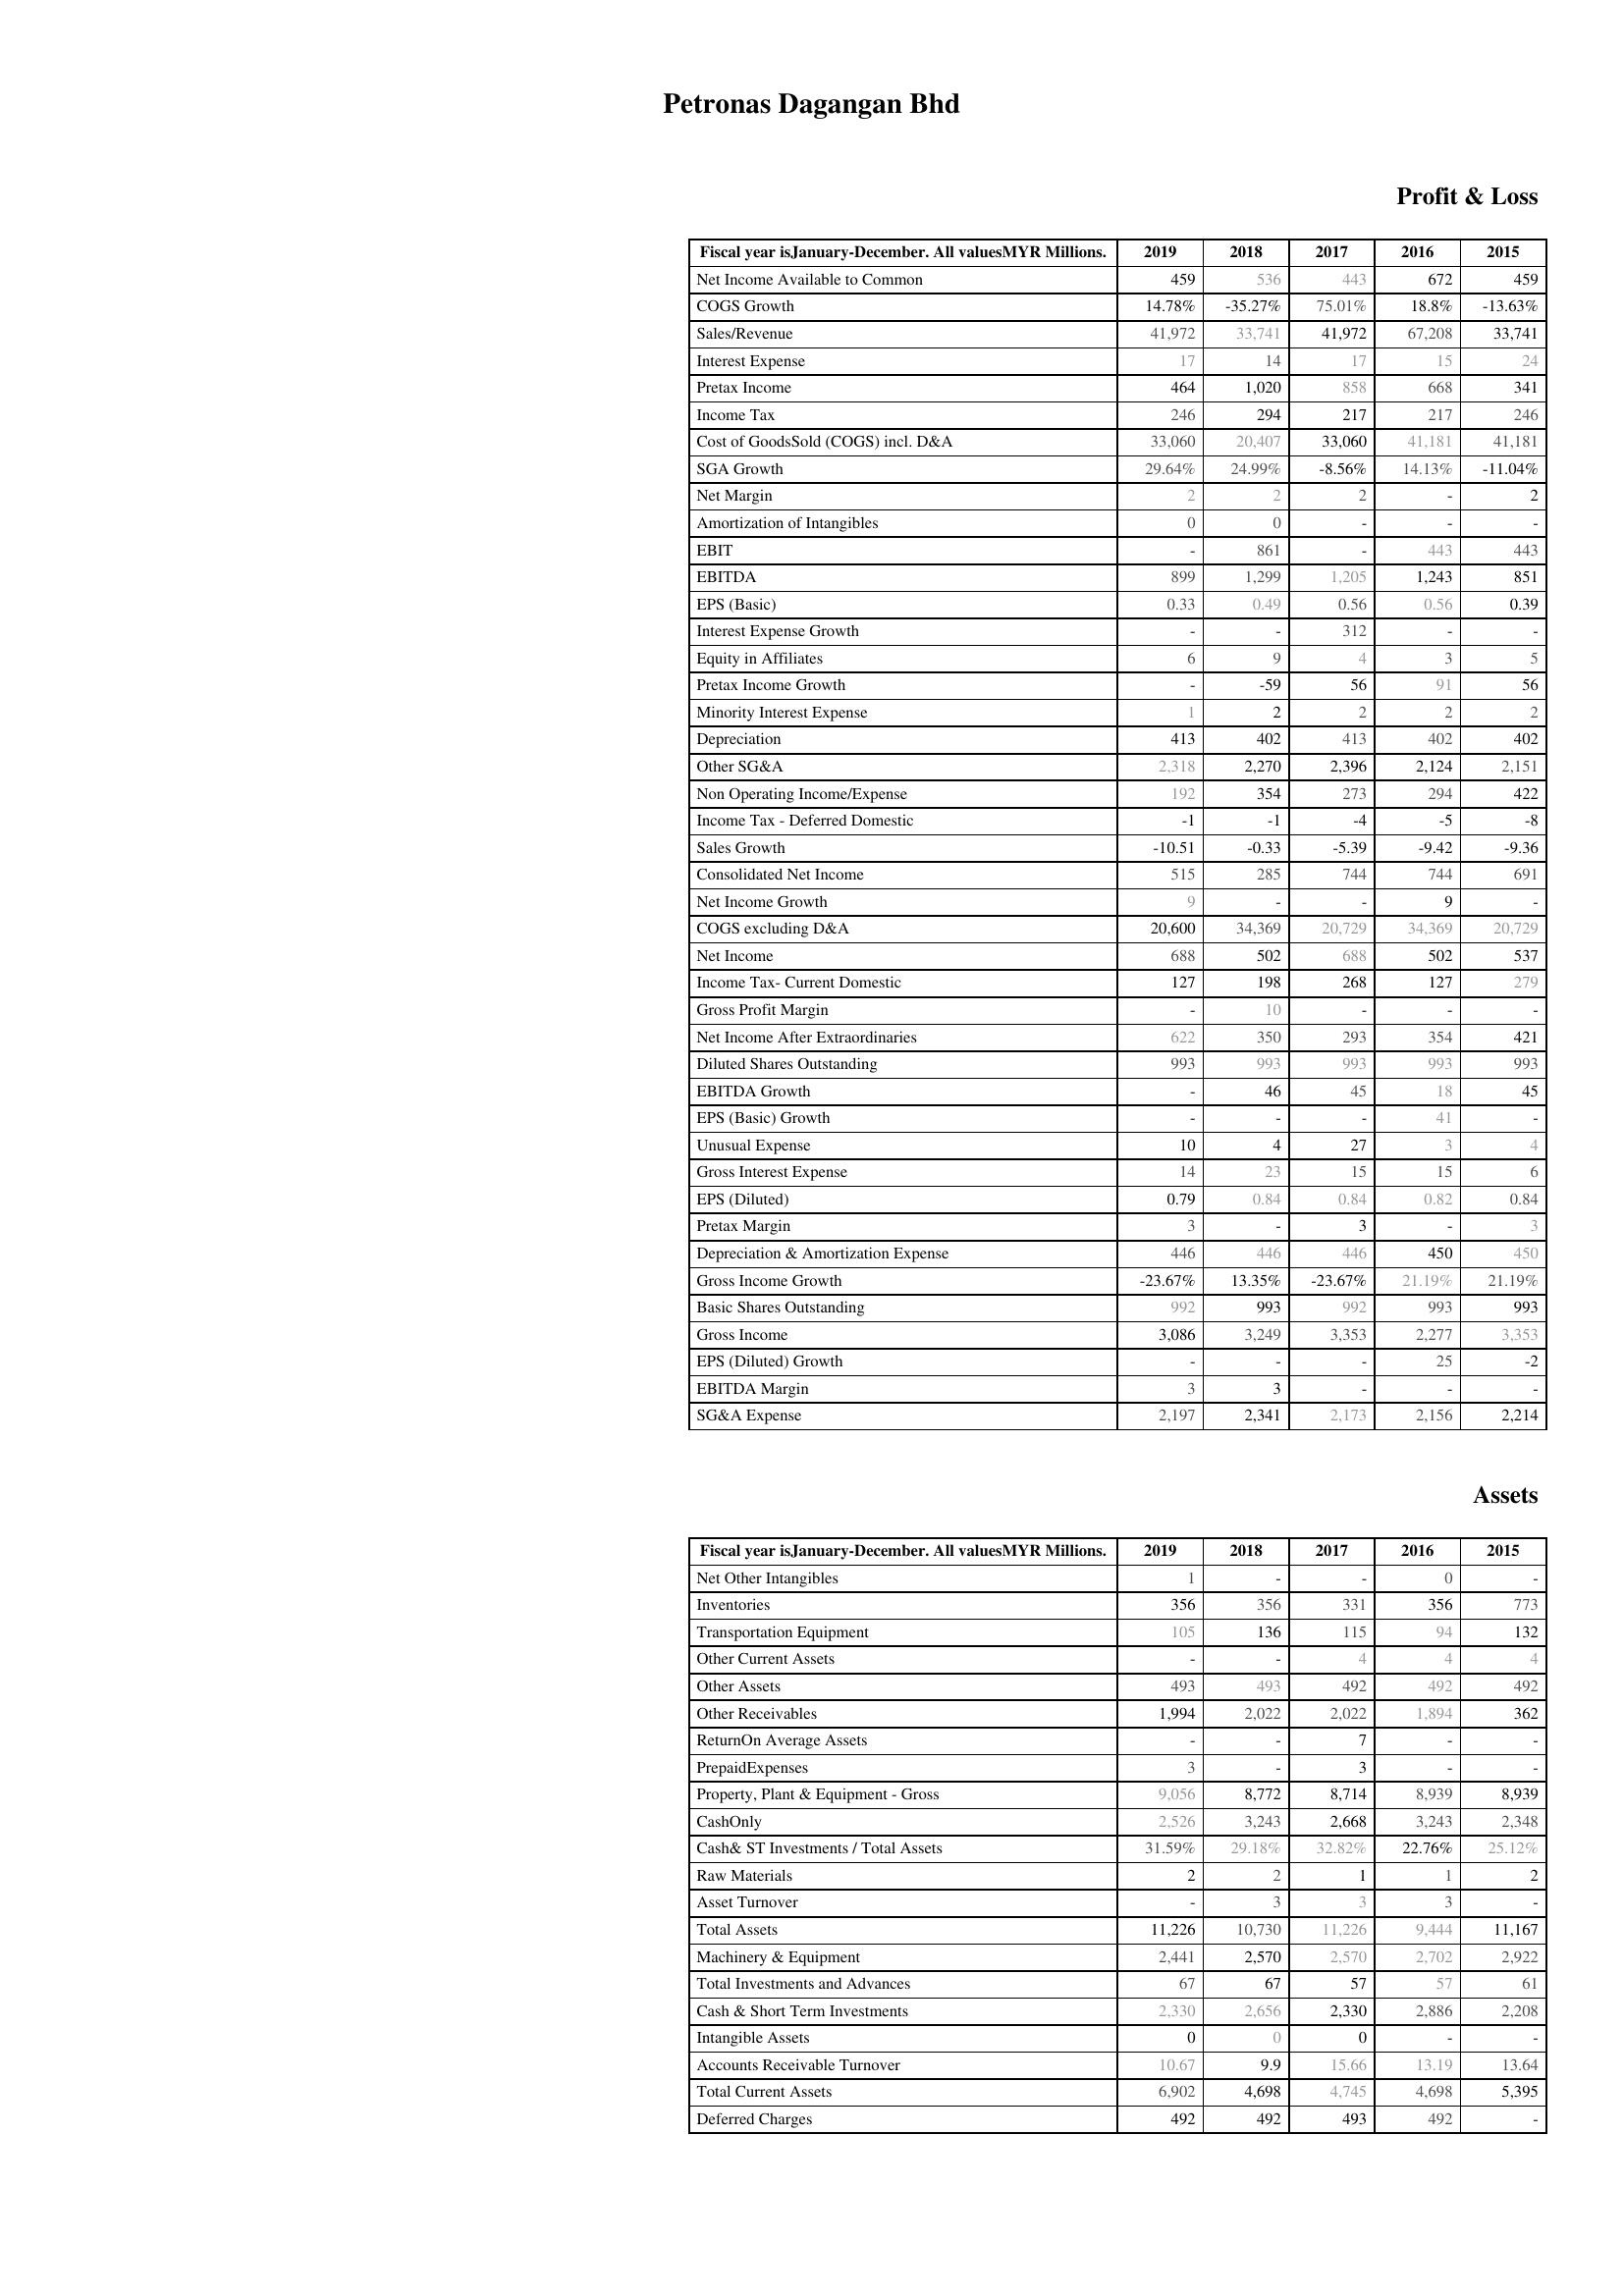
2019: Profit & Loss: Net Income Available to Common: 459
COGS Growth: 14.78%
Sales/Revenue: 41,972
Interest Expense: 17
Pretax Income: 464
Income Tax: 246
Cost of GoodsSold (COGS) incl. D&A: 33,060
SGA Growth: 29.64%
Net Margin: 2
Amortization of Intangibles: 0
EBIT: -
EBITDA: 899
EPS (Basic): 0.33
Interest Expense Growth: -
Equity in Affiliates: 6
Pretax Income Growth: -
Minority Interest Expense: 1
Depreciation: 413
Other SG&A: 2,318
Non Operating Income/Expense: 192
Income Tax - Deferred Domestic: -1
Sales Growth: -10.51
Consolidated Net Income: 515
Net Income Growth: 9
COGS excluding D&A: 20,600
Net Income: 688
Income Tax- Current Domestic: 127
Gross Profit Margin: -
Net Income After Extraordinaries: 622
Diluted Shares Outstanding: 993
EBITDA Growth: -
EPS (Basic) Growth: -
Unusual Expense: 10
Gross Interest Expense: 14
EPS (Diluted): 0.79
Pretax Margin: 3
Depreciation & Amortization Expense: 446
Gross Income Growth: -23.67%
Basic Shares Outstanding: 992
Gross Income: 3,086
EPS (Diluted) Growth: -
EBITDA Margin: 3
SG&A Expense: 2,197
Assets: Net Other Intangibles: 1
Inventories: 356
Transportation Equipment: 105
Other Current Assets: -
Other Assets: 493
Other Receivables: 1,994
ReturnOn Average Assets: -
PrepaidExpenses: 3
Property, Plant & Equipment - Gross : 9,056
CashOnly: 2,526
Cash& ST Investments / Total Assets: 31.59%
Raw Materials: 2
Asset Turnover: -
Total Assets: 11,226
Machinery & Equipment: 2,441
Total Investments and Advances: 67
Cash & Short Term Investments: 2,330
Intangible Assets: 0
Accounts Receivable Turnover: 10.67
Total Current Assets: 6,902
Deferred Charges: 492
2018: Profit & Loss: Net Income Available to Common: 536
COGS Growth: -35.27%
Sales/Revenue: 33,741
Interest Expense: 14
Pretax Income: 1,020
Income Tax: 294
Cost of GoodsSold (COGS) incl. D&A: 20,407
SGA Growth: 24.99%
Net Margin: 2
Amortization of Intangibles: 0
EBIT: 861
EBITDA: 1,299
EPS (Basic): 0.49
Interest Expense Growth: -
Equity in Affiliates: 9
Pretax Income Growth: -59
Minority Interest Expense: 2
Depreciation: 402
Other SG&A: 2,270
Non Operating Income/Expense: 354
Income Tax - Deferred Domestic: -1
Sales Growth: -0.33
Consolidated Net Income: 285
Net Income Growth: -
COGS excluding D&A: 34,369
Net Income: 502
Income Tax- Current Domestic: 198
Gross Profit Margin: 10
Net Income After Extraordinaries: 350
Diluted Shares Outstanding: 993
EBITDA Growth: 46
EPS (Basic) Growth: -
Unusual Expense: 4
Gross Interest Expense: 23
EPS (Diluted): 0.84
Pretax Margin: -
Depreciation & Amortization Expense: 446
Gross Income Growth: 13.35%
Basic Shares Outstanding: 993
Gross Income: 3,249
EPS (Diluted) Growth: -
EBITDA Margin: 3
SG&A Expense: 2,341
Assets: Net Other Intangibles: -
Inventories: 356
Transportation Equipment: 136
Other Current Assets: -
Other Assets: 493
Other Receivables: 2,022
ReturnOn Average Assets: -
PrepaidExpenses: -
Property, Plant & Equipment - Gross : 8,772
CashOnly: 3,243
Cash& ST Investments / Total Assets: 29.18%
Raw Materials: 2
Asset Turnover: 3
Total Assets: 10,730
Machinery & Equipment: 2,570
Total Investments and Advances: 67
Cash & Short Term Investments: 2,656
Intangible Assets: 0
Accounts Receivable Turnover: 9.9
Total Current Assets: 4,698
Deferred Charges: 492
2017: Profit & Loss: Net Income Available to Common: 443
COGS Growth: 75.01%
Sales/Revenue: 41,972
Interest Expense: 17
Pretax Income: 858
Income Tax: 217
Cost of GoodsSold (COGS) incl. D&A: 33,060
SGA Growth: -8.56%
Net Margin: 2
Amortization of Intangibles: -
EBIT: -
EBITDA: 1,205
EPS (Basic): 0.56
Interest Expense Growth: 312
Equity in Affiliates: 4
Pretax Income Growth: 56
Minority Interest Expense: 2
Depreciation: 413
Other SG&A: 2,396
Non Operating Income/Expense: 273
Income Tax - Deferred Domestic: -4
Sales Growth: -5.39
Consolidated Net Income: 744
Net Income Growth: -
COGS excluding D&A: 20,729
Net Income: 688
Income Tax- Current Domestic: 268
Gross Profit Margin: -
Net Income After Extraordinaries: 293
Diluted Shares Outstanding: 993
EBITDA Growth: 45
EPS (Basic) Growth: -
Unusual Expense: 27
Gross Interest Expense: 15
EPS (Diluted): 0.84
Pretax Margin: 3
Depreciation & Amortization Expense: 446
Gross Income Growth: -23.67%
Basic Shares Outstanding: 992
Gross Income: 3,353
EPS (Diluted) Growth: -
EBITDA Margin: -
SG&A Expense: 2,173
Assets: Net Other Intangibles: -
Inventories: 331
Transportation Equipment: 115
Other Current Assets: 4
Other Assets: 492
Other Receivables: 2,022
ReturnOn Average Assets: 7
PrepaidExpenses: 3
Property, Plant & Equipment - Gross : 8,714
CashOnly: 2,668
Cash& ST Investments / Total Assets: 32.82%
Raw Materials: 1
Asset Turnover: 3
Total Assets: 11,226
Machinery & Equipment: 2,570
Total Investments and Advances: 57
Cash & Short Term Investments: 2,330
Intangible Assets: 0
Accounts Receivable Turnover: 15.66
Total Current Assets: 4,745
Deferred Charges: 493
2016: Profit & Loss: Net Income Available to Common: 672
COGS Growth: 18.8%
Sales/Revenue: 67,208
Interest Expense: 15
Pretax Income: 668
Income Tax: 217
Cost of GoodsSold (COGS) incl. D&A: 41,181
SGA Growth: 14.13%
Net Margin: -
Amortization of Intangibles: -
EBIT: 443
EBITDA: 1,243
EPS (Basic): 0.56
Interest Expense Growth: -
Equity in Affiliates: 3
Pretax Income Growth: 91
Minority Interest Expense: 2
Depreciation: 402
Other SG&A: 2,124
Non Operating Income/Expense: 294
Income Tax - Deferred Domestic: -5
Sales Growth: -9.42
Consolidated Net Income: 744
Net Income Growth: 9
COGS excluding D&A: 34,369
Net Income: 502
Income Tax- Current Domestic: 127
Gross Profit Margin: -
Net Income After Extraordinaries: 354
Diluted Shares Outstanding: 993
EBITDA Growth: 18
EPS (Basic) Growth: 41
Unusual Expense: 3
Gross Interest Expense: 15
EPS (Diluted): 0.82
Pretax Margin: -
Depreciation & Amortization Expense: 450
Gross Income Growth: 21.19%
Basic Shares Outstanding: 993
Gross Income: 2,277
EPS (Diluted) Growth: 25
EBITDA Margin: -
SG&A Expense: 2,156
Assets: Net Other Intangibles: 0
Inventories: 356
Transportation Equipment: 94
Other Current Assets: 4
Other Assets: 492
Other Receivables: 1,894
ReturnOn Average Assets: -
PrepaidExpenses: -
Property, Plant & Equipment - Gross : 8,939
CashOnly: 3,243
Cash& ST Investments / Total Assets: 22.76%
Raw Materials: 1
Asset Turnover: 3
Total Assets: 9,444
Machinery & Equipment: 2,702
Total Investments and Advances: 57
Cash & Short Term Investments: 2,886
Intangible Assets: -
Accounts Receivable Turnover: 13.19
Total Current Assets: 4,698
Deferred Charges: 492
2015: Profit & Loss: Net Income Available to Common: 459
COGS Growth: -13.63%
Sales/Revenue: 33,741
Interest Expense: 24
Pretax Income: 341
Income Tax: 246
Cost of GoodsSold (COGS) incl. D&A: 41,181
SGA Growth: -11.04%
Net Margin: 2
Amortization of Intangibles: -
EBIT: 443
EBITDA: 851
EPS (Basic): 0.39
Interest Expense Growth: -
Equity in Affiliates: 5
Pretax Income Growth: 56
Minority Interest Expense: 2
Depreciation: 402
Other SG&A: 2,151
Non Operating Income/Expense: 422
Income Tax - Deferred Domestic: -8
Sales Growth: -9.36
Consolidated Net Income: 691
Net Income Growth: -
COGS excluding D&A: 20,729
Net Income: 537
Income Tax- Current Domestic: 279
Gross Profit Margin: -
Net Income After Extraordinaries: 421
Diluted Shares Outstanding: 993
EBITDA Growth: 45
EPS (Basic) Growth: -
Unusual Expense: 4
Gross Interest Expense: 6
EPS (Diluted): 0.84
Pretax Margin: 3
Depreciation & Amortization Expense: 450
Gross Income Growth: 21.19%
Basic Shares Outstanding: 993
Gross Income: 3,353
EPS (Diluted) Growth: -2
EBITDA Margin: -
SG&A Expense: 2,214
Assets: Net Other Intangibles: -
Inventories: 773
Transportation Equipment: 132
Other Current Assets: 4
Other Assets: 492
Other Receivables: 362
ReturnOn Average Assets: -
PrepaidExpenses: -
Property, Plant & Equipment - Gross : 8,939
CashOnly: 2,348
Cash& ST Investments / Total Assets: 25.12%
Raw Materials: 2
Asset Turnover: -
Total Assets: 11,167
Machinery & Equipment: 2,922
Total Investments and Advances: 61
Cash & Short Term Investments: 2,208
Intangible Assets: -
Accounts Receivable Turnover: 13.64
Total Current Assets: 5,395
Deferred Charges: -